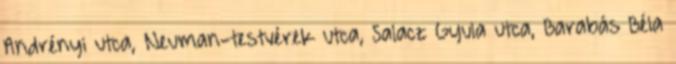
Andrényi utca, Neuman-testvérek utca, Salacz Gyula utca, Barabás Béla